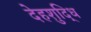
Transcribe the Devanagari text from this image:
देहशुद्धि